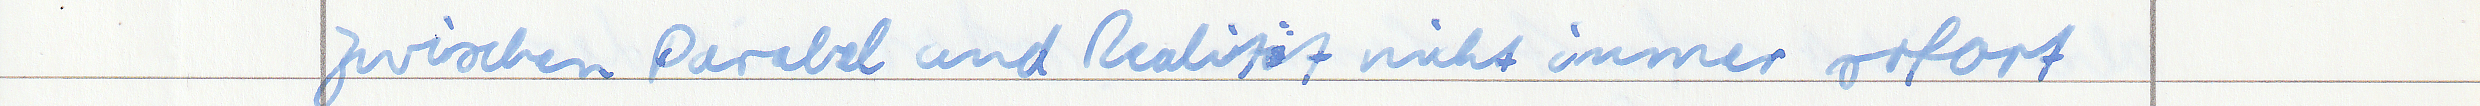
zwischen Parabel und Realität nicht immer sofort